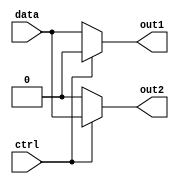
module demux (
    input data,
    input ctrl,
    output reg out1,
    output reg out2
);

always @* begin
    if (ctrl == 0)
        begin
            out1 = data;
            out2 = 1'b0;
        end
    else
        begin
            out1 = 1'b0;
            out2 = data;
        end
end

endmodule